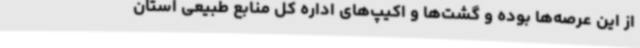
از این عرصه‌ها بوده و گشت‌ها و اکیپ‌های اداره کل منابع طبیعی استان